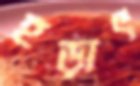
হড়াৎ